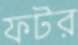
ফটর